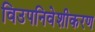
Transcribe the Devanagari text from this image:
विउपनिवेशीकरण